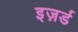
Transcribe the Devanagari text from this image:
इज़र्ड